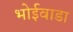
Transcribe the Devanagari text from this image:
भोईवाडा